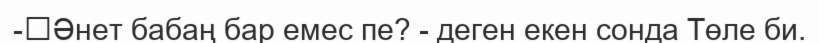
-	Әнет бабаң бар емес пе? - деген екен сонда Төле би.